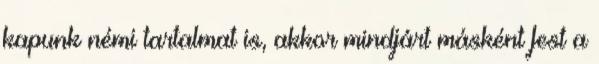
kapunk némi tartalmat is, akkor mindjárt másként fest a